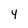
Character: 4